画像に写った文字を読んでください
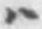
「ハ」と書いてあります